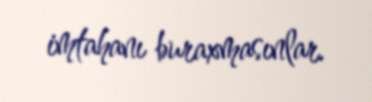
imtahanı buraxmasınlar.